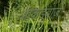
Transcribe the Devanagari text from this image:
आकडेबाज